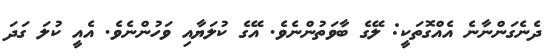
ދެނެގަންނާނެ އެއްގޮތަކީ: ލޭގެ ބާވަތުންނެވެ. އޭގެ ކުލަޔާއި ވަހުންނެވެ. އެއީ ކުލަ ގަދަ